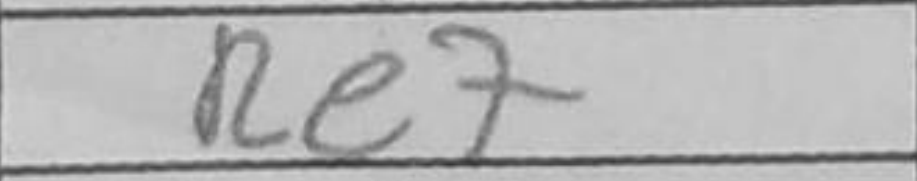
Transcription: Re7